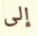
إلى